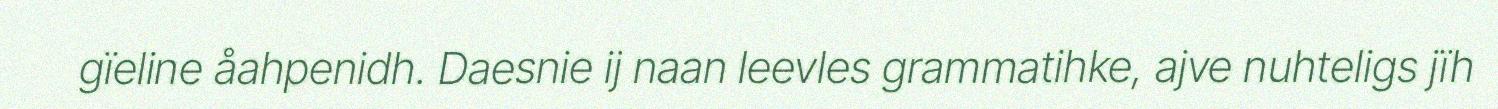
gïeline åahpenidh. Daesnie ij naan leevles grammatihke, ajve nuhteligs jïh